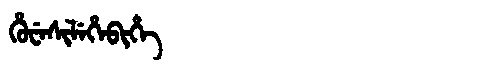
Manchu: ᡥᡠᠸᡝᠰᡳᠯᡝᡥᡝᠪᡳᡥᡝ
Romanization: HUWESILEHEBIHE